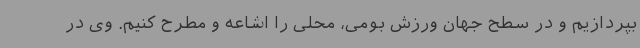
بپردازیم و در سطح جهان ورزش بومی، محلی را اشاعه و مطرح کنیم. وی در